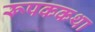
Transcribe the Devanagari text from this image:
रूपककथा